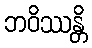
ဘဝိဿန္တိ